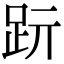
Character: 䟚